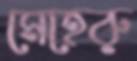
মেহেরু